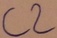
Text: C2